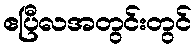
ဧပြီလအတွင်းတွင်